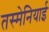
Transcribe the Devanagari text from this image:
तस्मेनियाई